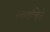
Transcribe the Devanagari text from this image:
स्वयंचित्रे